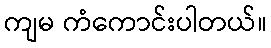
ကျမ ကံကောင်းပါတယ်။